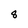
Character: 8